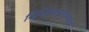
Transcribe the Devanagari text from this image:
निमित्तेशबरीधामचा